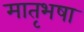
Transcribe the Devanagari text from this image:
मातृभषा